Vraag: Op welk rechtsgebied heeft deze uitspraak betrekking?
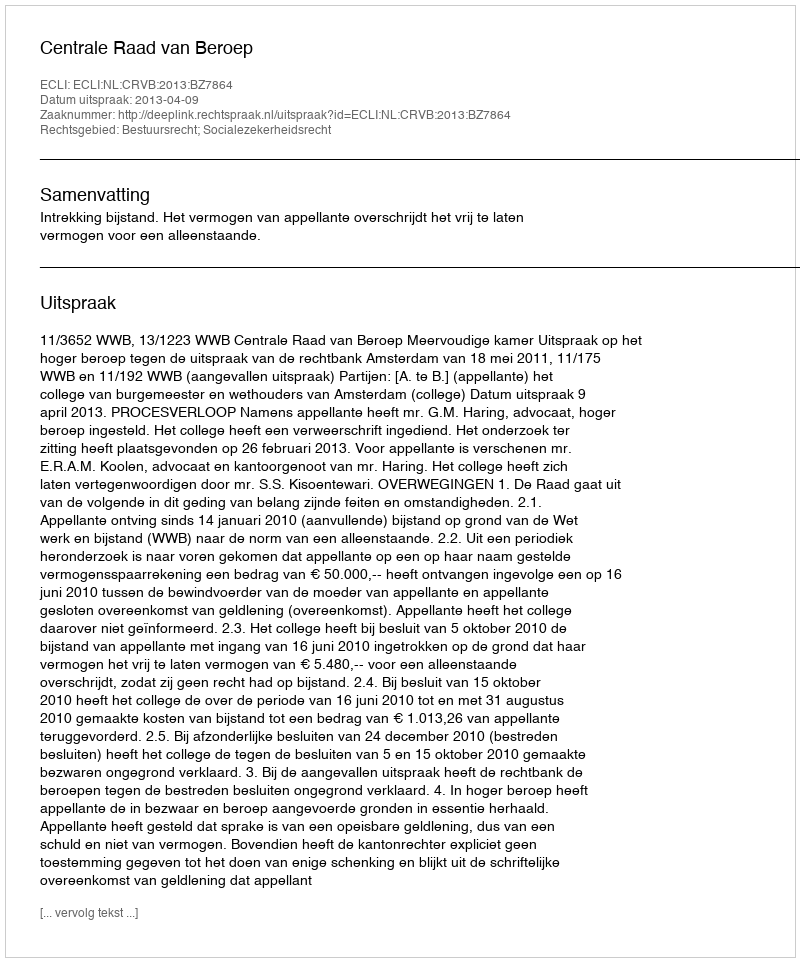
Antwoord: Bestuursrecht; Socialezekerheidsrecht